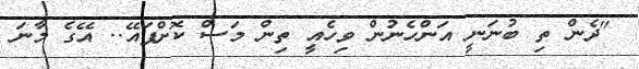
"ދެން ތި ބުނަނީ އަންހެނުން ވިހެއީ ތިން މަސް ކޮށްފައޭ.. އޭގެ މާނަ